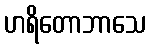
ဟရိတောဘာသေ